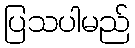
ပြသပါမည်